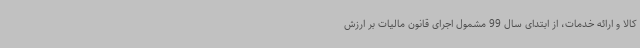
کالا و ارائه خدمات، از ابتدای سال 99 مشمول اجرای قانون مالیات بر ارزش